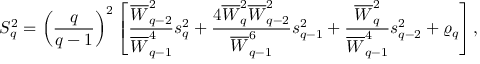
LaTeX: S _ { q } ^ { 2 } = \left( \frac { q } { q - 1 } \right) ^ { 2 } \left[ \frac { { \overline { { W } } } _ { q - 2 } ^ { 2 } } { { \overline { { W } } } _ { q - 1 } ^ { 4 } } s _ { q } ^ { 2 } + \frac { 4 { \overline { { W } } } _ { q } ^ { 2 } { \overline { { W } } } _ { q - 2 } ^ { 2 } } { { \overline { { W } } } _ { q - 1 } ^ { 6 } } s _ { q - 1 } ^ { 2 } + \frac { { \overline { { W } } } _ { q } ^ { 2 } } { { \overline { { W } } } _ { q - 1 } ^ { 4 } } s _ { q - 2 } ^ { 2 } + \varrho _ { q } \right] ,